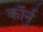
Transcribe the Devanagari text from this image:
कॉर्नु